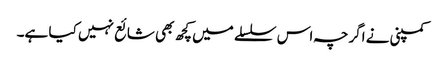
کمپنی نے اگرچہ اس سلسلے میں کچھ بھی شائع نہیں کیا ہے۔